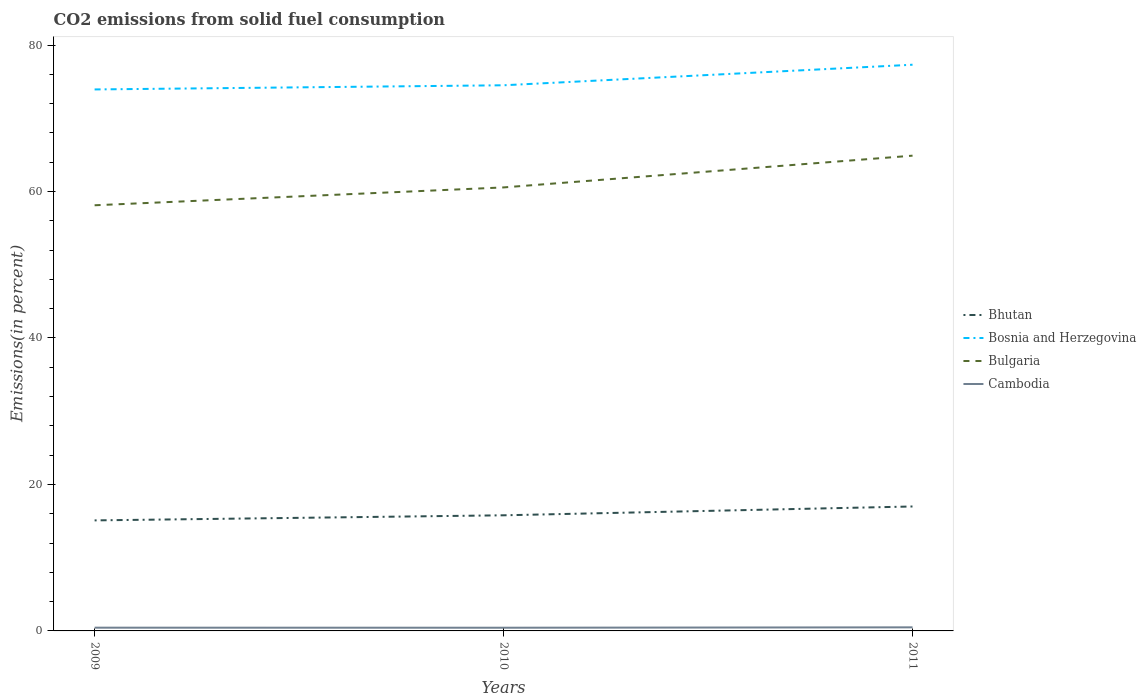
| Years | Bhutan | Bosnia and Herzegovina | Bulgaria | Cambodia |
 | --- | --- | --- | --- | --- |
 | 2009 | 15.1 | 73.9 | 58.1 | 0.444 |
 | 2010 | 15.8 | 74.5 | 60.6 | 0.438 |
 | 2011 | 17 | 77.3 | 64.9 | 0.489 |